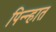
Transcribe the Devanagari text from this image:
पिन्न्हात